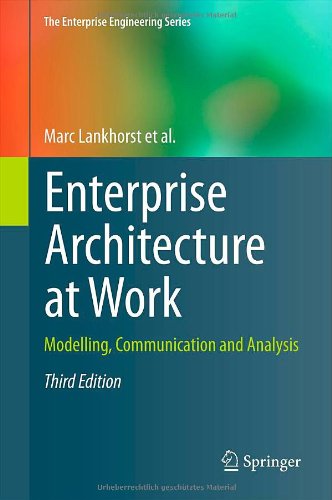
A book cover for Enterprise Architecture at Work: Modelling, Communication and Analysis (The Enterprise Engineering Series); Marc Lankhorst; Computers & Technology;